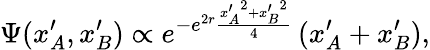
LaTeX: \Psi(x_{A}^{\prime},x_{B}^{\prime})\propto e^{-e^{2r}\frac{{x_{A}^{\prime}}^{2}+{x_{B}^{\prime}}^{2}}{4}}\, (x_{A}^{\prime}+x_{B}^{\prime}),